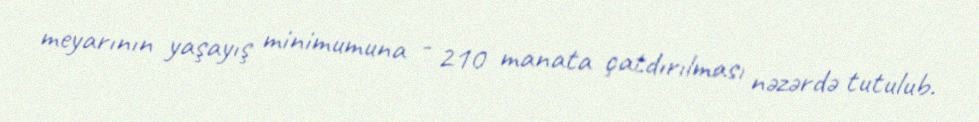
meyarının yaşayış minimumuna - 210 manata çatdırılması nəzərdə tutulub.